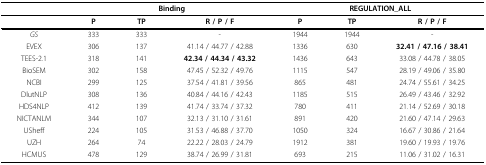
<table><thead><tr><td></td><td colspan="3"><b>Binding</b></td><td colspan="3"><b>REGULATION_ALL</b></td></tr></thead><tbody><tr><td></td><td><b>P</b></td><td><b>TP</b></td><td><b>R / P / F</b></td><td><b>P</b></td><td><b>TP</b></td><td><b>R / P / F</b></td></tr><tr><td><i>GS</i></td><td>333</td><td>333</td><td>-</td><td>1944</td><td>1944</td><td>-</td></tr><tr><td>EVEX</td><td>306</td><td>137</td><td>41.14 / 44.77 / 42.88</td><td>1336</td><td>630</td><td><b>32.41 / 47.16 / 38.41</b></td></tr><tr><td>TEES-2.1</td><td>318</td><td>141</td><td><b>42.34 / 44.34 / 43.32</b></td><td>1436</td><td>643</td><td>33.08 / 44.78 / 38.05</td></tr><tr><td>BioSEM</td><td>302</td><td>158</td><td>47.45 / 52.32 / 49.76</td><td>1115</td><td>547</td><td>28.19 / 49.06 / 35.80</td></tr><tr><td>NCBI</td><td>299</td><td>125</td><td>37.54 / 41.81 / 39.56</td><td>865</td><td>481</td><td>24.74 / 55.61 / 34.25</td></tr><tr><td>DlutNLP</td><td>308</td><td>136</td><td>40.84 / 44.16 / 42.43</td><td>1185</td><td>515</td><td>26.49 / 43.46 / 32.92</td></tr><tr><td>HDS4NLP</td><td>412</td><td>139</td><td>41.74 / 33.74 / 37.32</td><td>780</td><td>411</td><td>21.14 / 52.69 / 30.18</td></tr><tr><td>NICTANLM</td><td>344</td><td>107</td><td>32.13 / 31.10 / 31.61</td><td>891</td><td>420</td><td>21.60 / 47.14 / 29.63</td></tr><tr><td>USheff</td><td>224</td><td>105</td><td>31.53 / 46.88 / 37.70</td><td>1050</td><td>324</td><td>16.67 / 30.86 / 21.64</td></tr><tr><td>UZH</td><td>264</td><td>74</td><td>22.22 / 28.03 / 24.79</td><td>1912</td><td>381</td><td>19.60 / 19.93 / 19.76</td></tr><tr><td>HCMUS</td><td>478</td><td>129</td><td>38.74 / 26.99 / 31.81</td><td>693</td><td>215</td><td>11.06 / 31.02 / 16.31</td></tr></tbody></table>